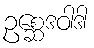
ဥစ္ဆေဒဝါဒါ